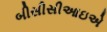
બીસીસીઆઇએ